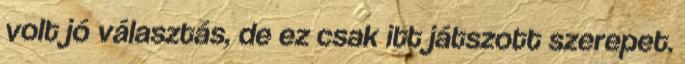
volt jó választás, de ez csak itt játszott szerepet.